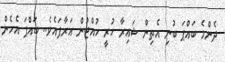
ދެންމެ ބައްޕަ ބުނި އެތިން ޝައިރާ ހުރީ ހުއްޓުން އަރާފައެވެ.. ބައްޕަ އެހެން